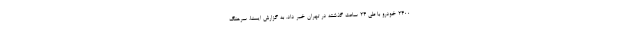
۲۴۰۰ خودرو با طی ۲۴ ساعت گذشته در تهران خبر داد. به گزارش ایسنا، سرهنگ